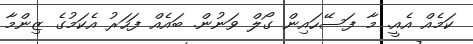
ކަމެއް އެއީ. މާ ފަސޭހައިން ގޯލް ވަނުން. ބައެއް ފަހަރު އެކަމުގެ ޒިންމާ